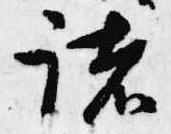
諸